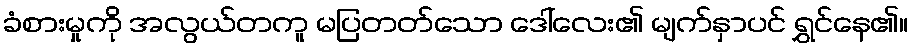
ခံစားမှုကို အလွယ်တကူ မပြတတ်သော ဒေါ်လေး၏ မျက်နှာပင် ရွှင်နေ၏။